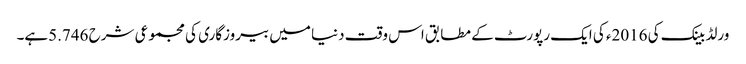
ورلڈ بینک کی 2016ء کی ایک رپورٹ کے مطابق اس وقت دنیا میں بیروزگاری کی مجموعی شرح 5.746ہے۔